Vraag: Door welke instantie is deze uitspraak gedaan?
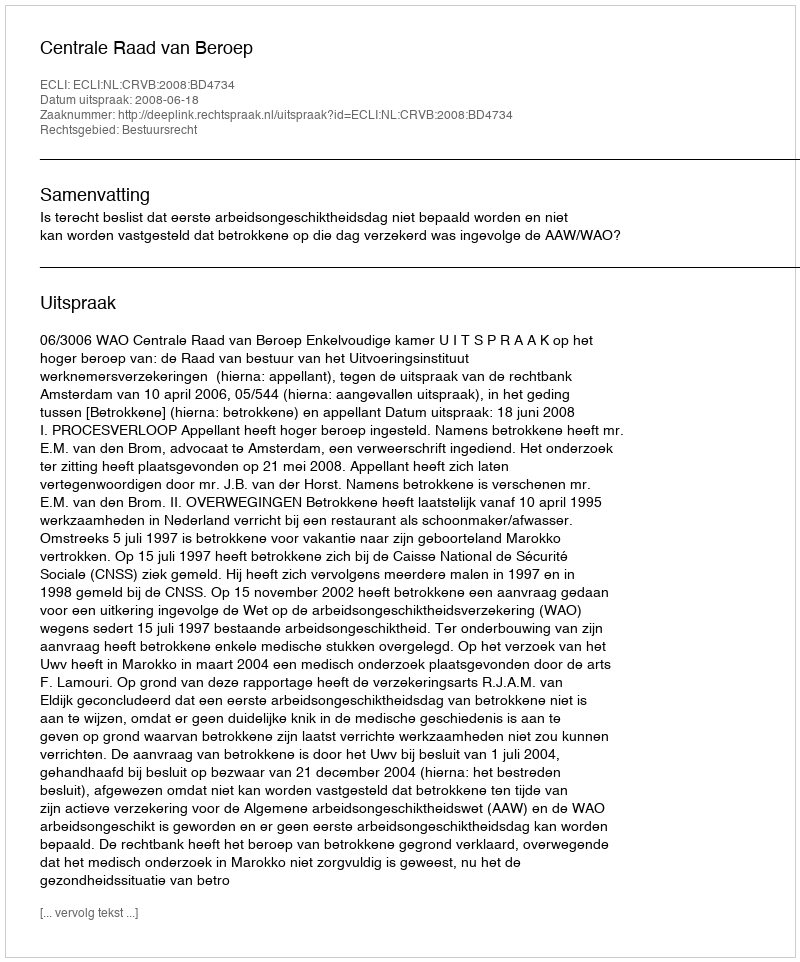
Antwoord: Centrale Raad van Beroep